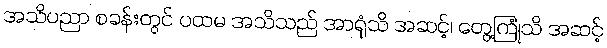
အသိပညာ စခန်းတွင် ပထမ အသိသည် အာရုံသိ အဆင့်၊ တွေ့ကြုံသိ အဆင့်